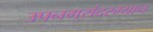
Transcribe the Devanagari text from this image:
उपनगरांदरम्यान